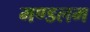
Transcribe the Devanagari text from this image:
मण्डलम